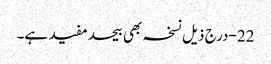
22-درج ذیل نسخہ بھی بیحدمفید ہے۔